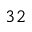
3 2